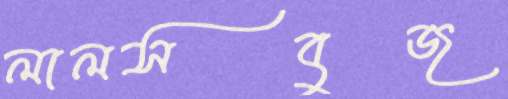
লালসবুজ